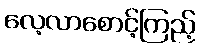
လေ့လာစောင့်ကြည့်